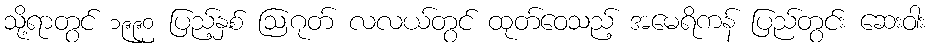
သို့ရာတွင် ၁၉၉၀ ပြည့်နှစ် ဩဂုတ် လလယ်တွင် ထုတ်ဝေသည့် အမေရိကန် ပြည်တွင်း ဆေးဝါး